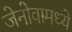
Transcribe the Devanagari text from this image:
जेनोवामध्ये